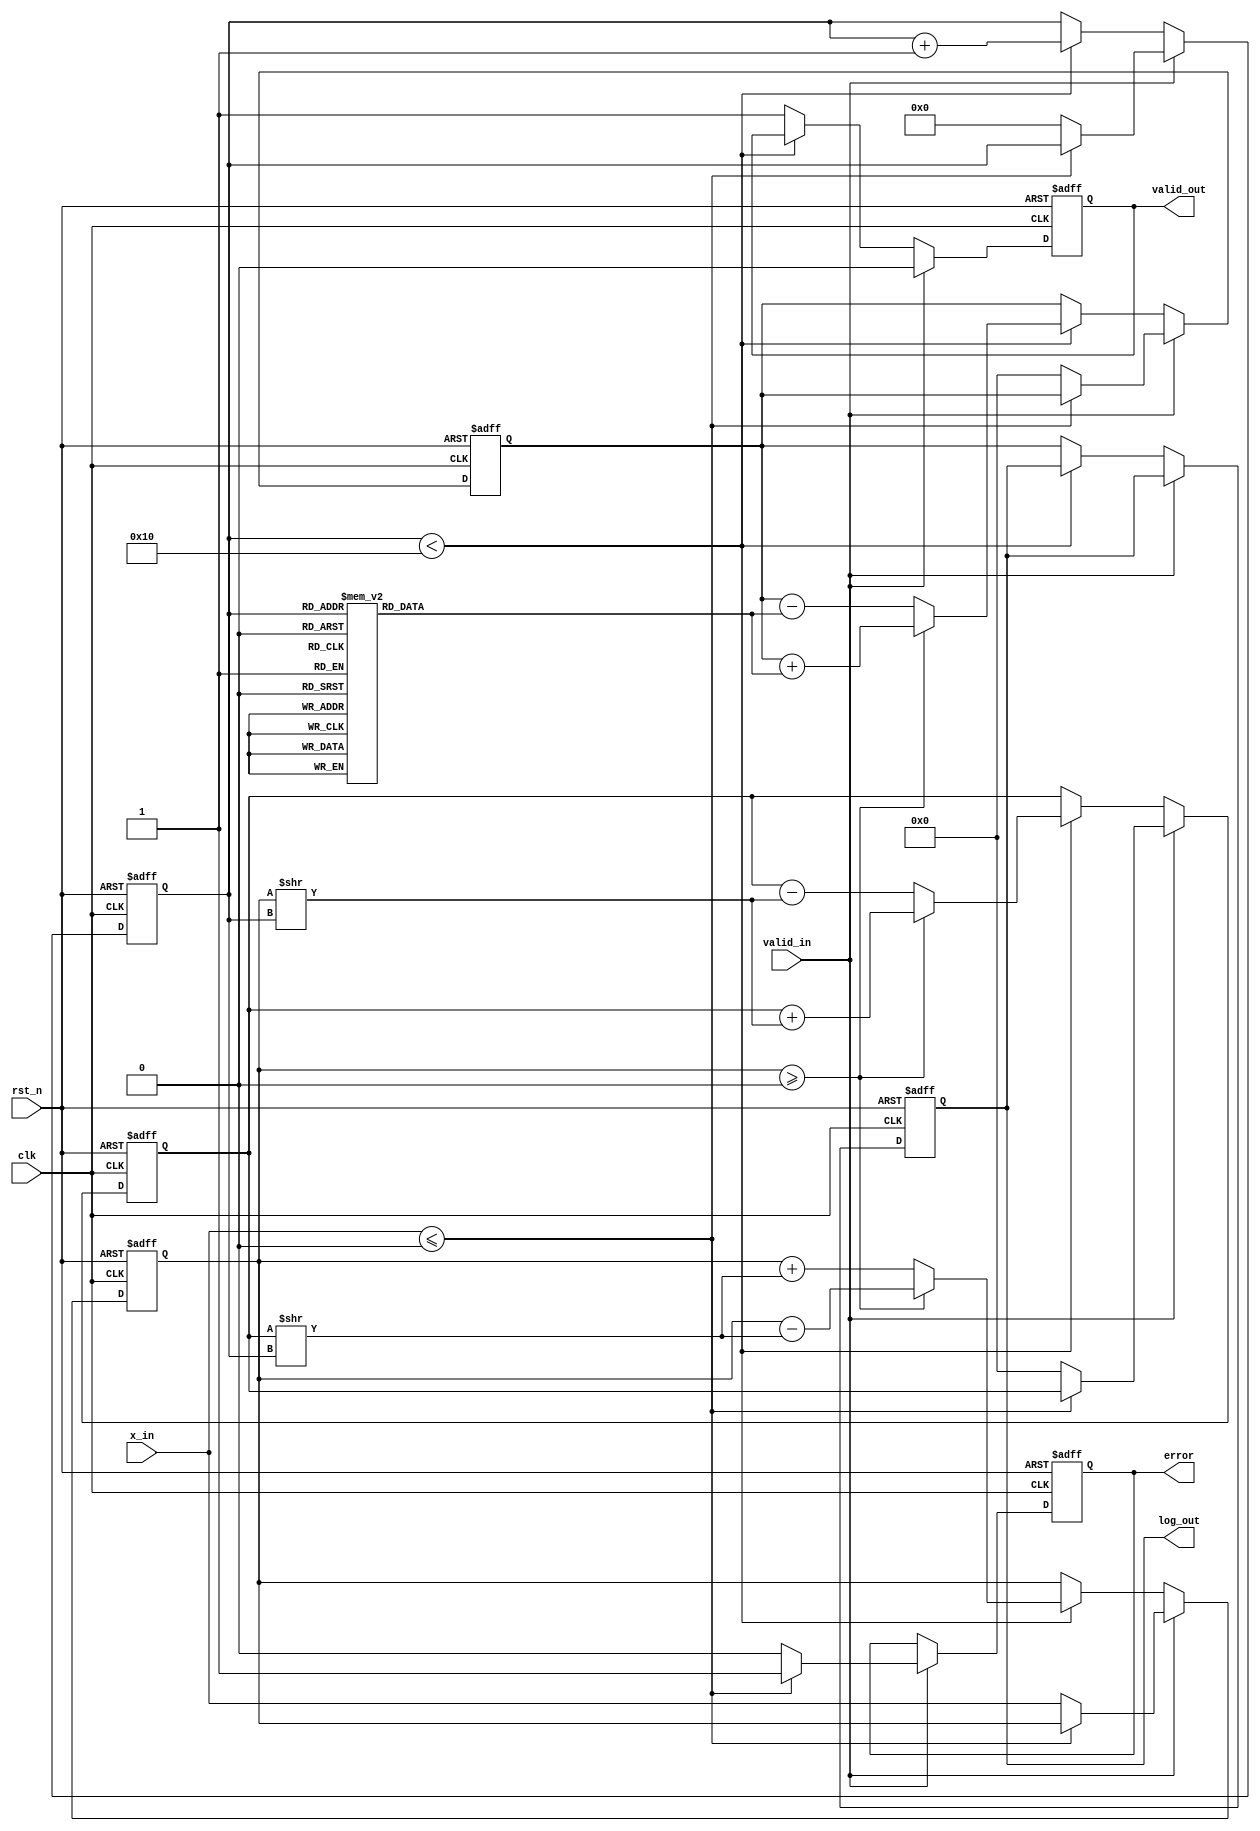
module cordic_logarithm #(
    parameter N = 16,                     // Number of iterations
    parameter WIDTH = 32,                 // Bit-width for input and output
    parameter ATAN_TABLE_SIZE = 16        // Size of arctangent table
)(
    input wire clk,
    input wire rst_n,
    input wire valid_in,
    input wire [WIDTH-1:0] x_in,          // Input value (positive)
    output reg valid_out,
    output reg [WIDTH-1:0] log_out,       // Logarithm output
    output reg error                      // Error flag
);

    // Internal signals
    reg [WIDTH-1:0] x, y;                  // CORDIC coordinates
    reg [WIDTH-1:0] z;                      // Angle accumulator
    reg [3:0] iteration;                   // Iteration counter
    reg [WIDTH-1:0] atan_table[0:ATAN_TABLE_SIZE-1]; // Arctangent table

    // Initialize arctangent table
    initial begin
        // Pre-computed atan values (fixed point representation)
        atan_table[0] = 32'h00000000; // atan(1) = 0
        atan_table[1] = 32'h3F19999A; // atan(0.5) = 0.4636476
        atan_table[2] = 32'h3E2AAAAB; // atan(0.25) = 0.2449787
        atan_table[3] = 32'h3DCCCCCD; // atan(0.125) = 0.1243549
        atan_table[4] = 32'h3D555555; // atan(0.0625) = 0.0624188
        // ... Populate more values as needed
        // Ensure the table has enough values for N iterations
    end

    // Input validation and error handling
    always @(posedge clk or negedge rst_n) begin
        if (!rst_n) begin
            error <= 0;
            valid_out <= 0;
            iteration <= 0;
            x <= 0;
            y <= 0;
            z <= 0;
            log_out <= 0;
        end else if (valid_in) begin
            if (x_in <= 0) begin
                error <= 1; // Invalid input
                valid_out <= 0;
            end else begin
                error <= 0;
                valid_out <= 0;
                // Initialize CORDIC variables
                x <= x_in;
                y <= 32'h00000000; // Start with y = 0
                z <= 32'h00000000; // Initial angle
                iteration <= 0;
            end
        end else if (iteration < N) begin
            // CORDIC iterative process
            if (x >= 0) begin
                x <= x - (y >> iteration);
                y <= y + (x >> iteration);
                z <= z + atan_table[iteration];
            end else begin
                x <= x + (y >> iteration);
                y <= y - (x >> iteration);
                z <= z - atan_table[iteration];
            end
            iteration <= iteration + 1;
        end else begin
            // Final output after iterations
            log_out <= z;  // Output the accumulated angle
            valid_out <= 1; // Indicate valid output
        end
    end

endmodule